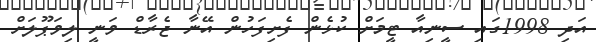
އަދި 1998ގައި ސީނިއާ ޓީމަށް ކުޅެން ފެށިފަހުން އޭނާ ޖެރާޑް ވަނީ ލިވަޕޫލަށް